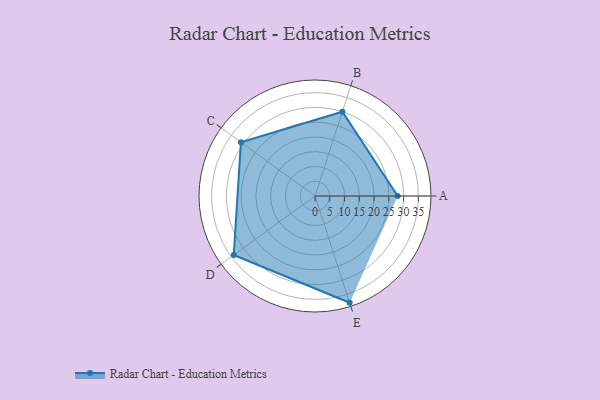
{"axis": {"x": "Skill", "y": "Score"}, "legend": ["Profile"], "data": [{"x": "A", "y": 28.0, "type": "Profile"}, {"x": "B", "y": 30.0, "type": "Profile"}, {"x": "C", "y": 31.0, "type": "Profile"}, {"x": "D", "y": 34.0, "type": "Profile"}, {"x": "E", "y": 38.0, "type": "Profile"}]}